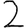
Digit: 2